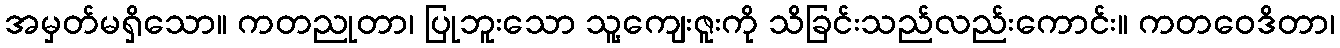
အမှတ်မရှိသော။ ကတညုတာ၊ ပြုဘူးသော သူ့ကျေးဇူးကို သိခြင်းသည်လည်းကောင်း။ ကတဝေဒိတာ၊